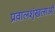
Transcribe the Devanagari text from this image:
प्रवालशृंखलाओं